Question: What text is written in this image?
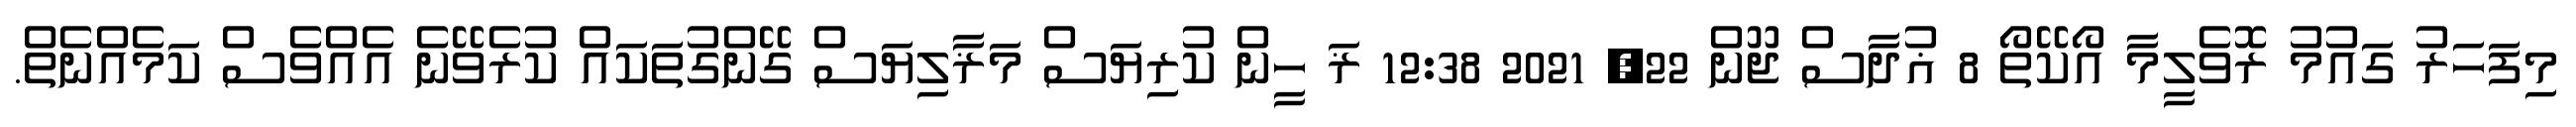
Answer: މިފަހަރު ގައުމު ރޮވެލީމާ އޯކޭތޯ 8 ޣުދާސް ޖޫން 22, 2021 12:38 ޜަ ހީން ކުރިޔަސް މަޜާލިޔަސް ގޭންގުތަކައް ކުރެވޭނެ އެއްވެސް ކަމެއްނެތް.